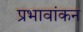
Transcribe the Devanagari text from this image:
प्रभावांकन